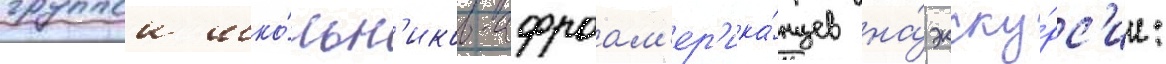
группои шко́льн'иков-афроам'ер'ика́нцев на́ экску́рс'ии: